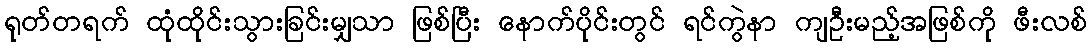
ရုတ်တရက် ထုံထိုင်းသွားခြင်းမျှသာ ဖြစ်ပြီး နောက်ပိုင်းတွင် ရင်ကွဲနာ ကျဦးမည့်အဖြစ်ကို ဖီးလစ်